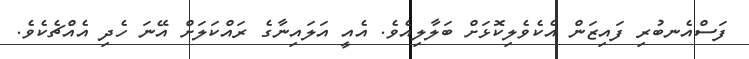
ފަސްއެނބުރި ފައިޒަން އެކެވެލިކޮޅަށް ބަލާލިއެވެ. އެއީ އަލައިނާގެ ރައްކަލަށް އޭނަ ހެދި އެއްޗެކެވެ.